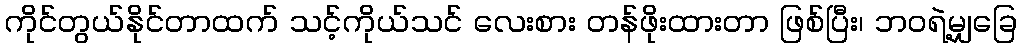
ကိုင်တွယ်နိုင်တာထက် သင့်ကိုယ်သင် လေးစား တန်ဖိုးထားတာ ဖြစ်ပြီး၊ ဘဝရဲ့မျှခြေ